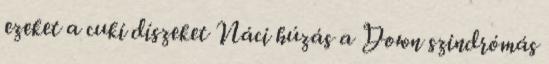
ezeket a cuki díszeket Náci húzás a Down szindrómás